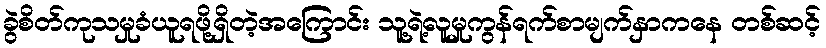
ခွဲစိတ်ကုသမှုခံယူရဖို့ရှိတဲ့အကြောင်း သူ့ရဲ့လူမှုကွန်ရက်စာမျက်နှာကနေ တစ်ဆင့်